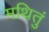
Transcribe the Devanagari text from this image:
मथितुं